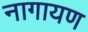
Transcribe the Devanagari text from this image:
नागायण